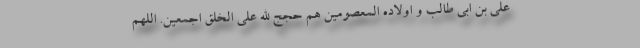
علی بن ابی طالب و اولاده المعصومین هم حجج الله علی الخلق اجمعین. اللهم